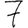
Digit: 7